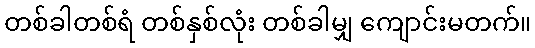
တစ်ခါတစ်ရံ တစ်နှစ်လုံး တစ်ခါမျှ ကျောင်းမတက်။